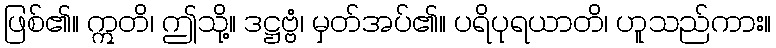
ဖြစ်၏။ ဣတိ၊ ဤသို့။ ဒဋ္ဌဗ္ဗံ၊ မှတ်အပ်၏။ ပရိပုရယာတိ၊ ဟူသည်ကား။